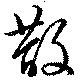
散